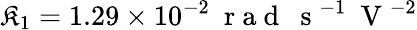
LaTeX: \mathfrak{K}_{1}=1.29\times10^{-2}~\mathrm{{~r~a~d~}}~\mathrm{{~s~}}^{-1}~\mathrm{{~V~}}^{-2}